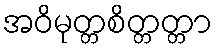
အဝိမုတ္တစိတ္တတ္တာ